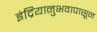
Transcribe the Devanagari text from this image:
इंद्रियानुभवापासून